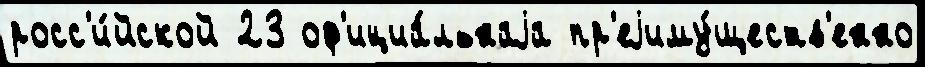
росс'и́йской 23 оф'ициа́льнаjа пр'еjиму́ществ'енно